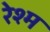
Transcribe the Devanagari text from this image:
रेश्म